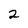
Character: 2